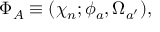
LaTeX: \Phi _ { A } \equiv ( \chi _ { n } ; \phi _ { a } , \Omega _ { a ^ { \prime } } ) ,